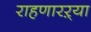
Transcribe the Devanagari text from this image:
राहणारऱ्या